Indian journal of veterinary science and animal husbandry - Volume 2,
Year: 1932
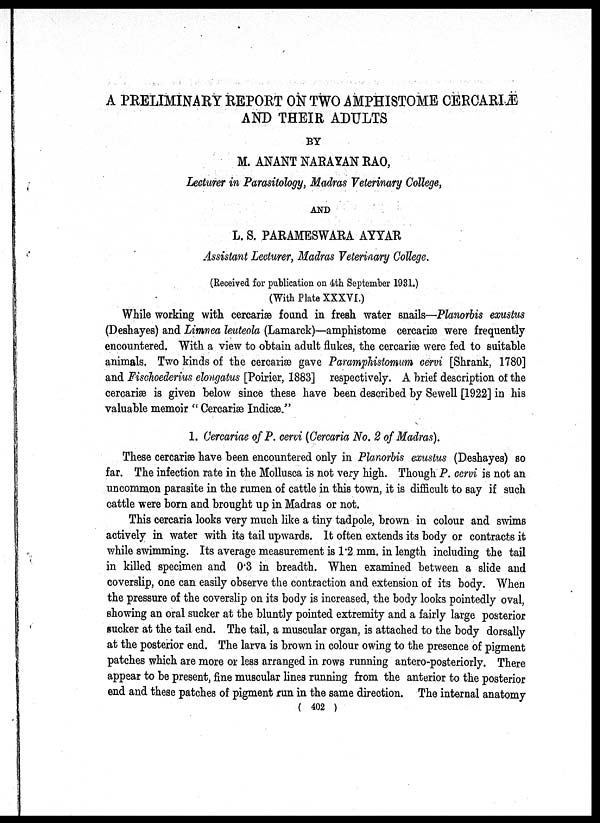
A PRELIMINARY REPORT ON TWO AMPHISTOME CERCARIÆ
AND THEIR ADULTS
BY
M. ANANT NARAYAN RAO,
Lecturer in Parasitology, Madras Veterinary College,
AND
L. S. PARAMESWARA AYYAR
Assistant Lecturer, Madras Veterinary College.
(Received for publication on 4th September 1931.)
(With Plate XXXVI.)
While working with cercariæ found in fresh water snails—Planorbis exustus
(Deshayes) and Limnea leuteola (Lamarck)—amphistome cercariæ were frequently
encountered. With a view to obtain adult flukes, the cercariæ were fed to suitable
animals. Two kinds of the cercariæ gave Paramphistomum cervi [Shrank, 1780]
and Fischoederius elongatus [Poirier, 1883] respectively. A brief description of the
cercariæ is given below since these have been described by Sewell [1922] in his
valuable memoir " Cercariæ Indicæ''
1. Cercariae of P. cervi (Cercaria No. 2 of Madras).
These cercariæ have been encountered only in Planorbis exustus (Deshayes) so
far. The infection rate in the Mollusca is not very high. Though P. cervi is not an
uncommon parasite in the rumen of cattle in this town, it is difficult to say if such
cattle were born and brought up in Madras or not.
This cercaria looks very much like a tiny tadpole, brown in colour and swims
actively in water with its tail upwards. It often extends its body or contracts it
while swimming. Its average measurement is 1.2 mm. in length including the tail
in killed specimen and 0.3 in breadth. When examined between a slide and
coverslip, one can easily observe the contraction and extension of its body. When
the pressure of the coverslip on its body is increased, the body looks pointedly oval,
showing an oral sucker at the bluntly pointed extremity and a fairly large posterior
sucker at the tail end. The tail, a muscular organ, is attached to the body dorsally
at the posterior end. The larva is brown in colour owing to the presence of pigment
patches which are more or less arranged in rows running antero-posteriorly. There
appear to be present, fine muscular lines running from the anterior to the posterior
end and these patches of pigment run in the same direction. The internal anatomy
( 402 )